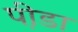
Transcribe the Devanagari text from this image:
प़ीडा